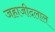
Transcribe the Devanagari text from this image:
जहाजीदलाल